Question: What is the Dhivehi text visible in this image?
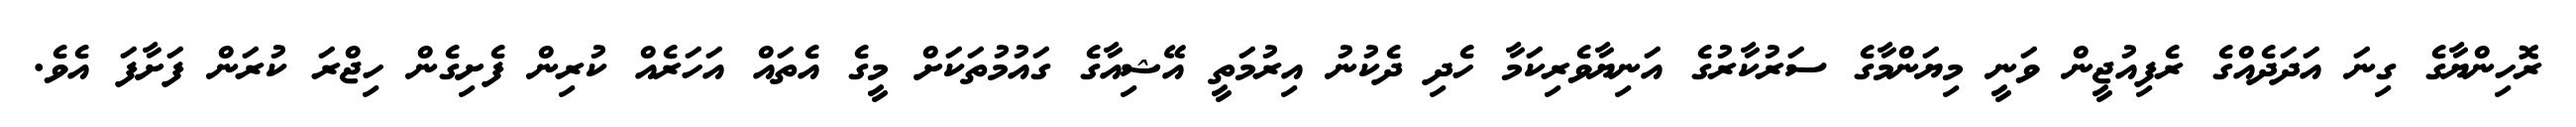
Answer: ރޮހިންޔާގެ ގިނަ އަދަދެއްގެ ރެފިއުޖީން ވަނީ މިޔަންމާގެ ސަރުކާރުގެ އަނިޔާވެރިކަމާ ހެދި ދެކުނު އިރުމަތީ އޭޝިއާގެ ގައުމުތަކަށް މީގެ އެތައް އަހަރެއް ކުރިން ފެށިގެން ހިޖްރަ ކުރަން ފަށާފަ އެވެ.